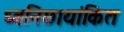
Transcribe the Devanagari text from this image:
ध्वनिछायांकित